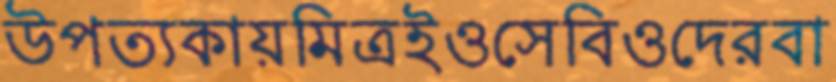
উপত্যকায়মিত্রইওসেবিওদেরবা